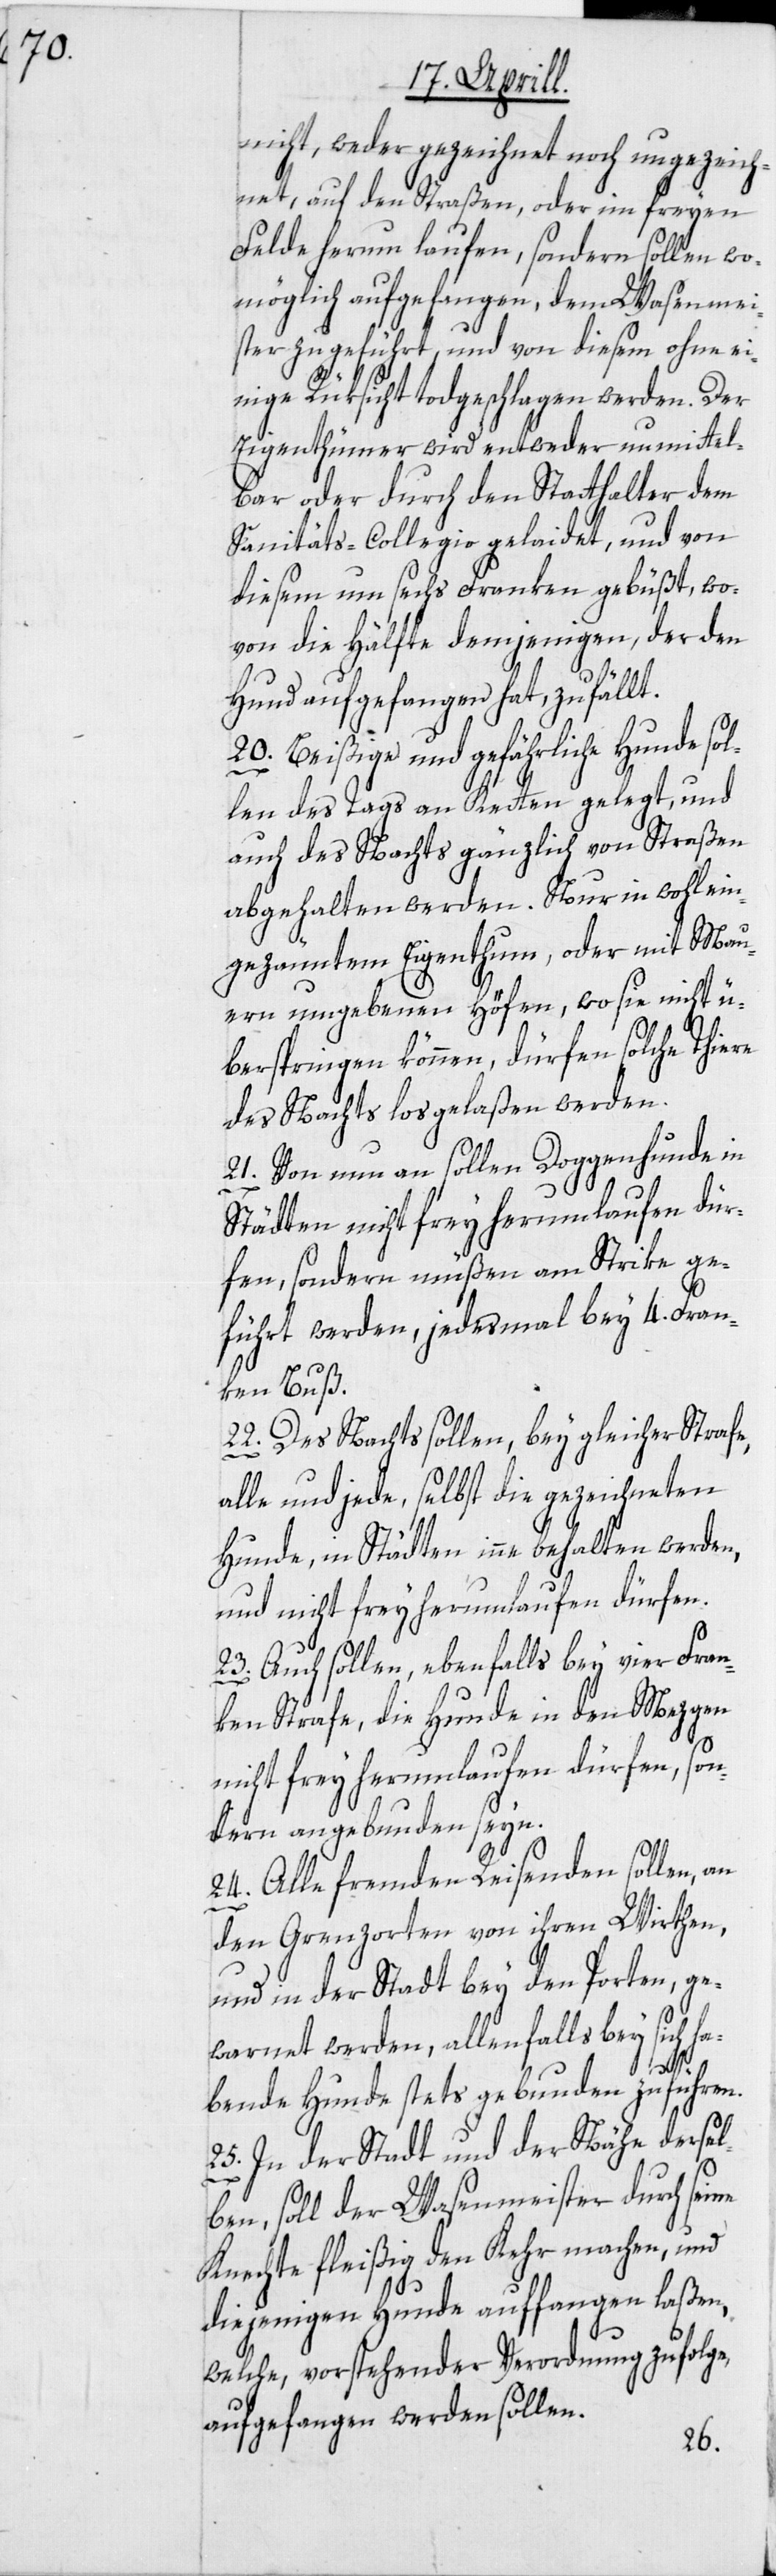
nicht, weder gezeichnet noch ungezeich¬
net, auf den Straßen, oder im freyen
Felde herum laufen, sondern sollen wo¬
möglich aufgefangen, dem Wasenmei¬
ster zugeführt, und von diesem ohne ei¬
nige Rüksicht todgeschlagen werden. Der
Eigenthümer wird entweder unmittel¬
bar oder durch den Statthalter dem
Sanitäts-Collegio gelaidet, und von
diesem um sechs Franken gebüßt, wo¬
von die Hälfte demjenigen, der den
Hund aufgefangen hat, zufällt.
20. Beißige und gefährliche Hunde sol¬
len des Tags an Ketten gelegt, und
auch des Nachts gänzlich von Straßen
abgehalten werden. Nur in wohl ein¬
gezäuntem Eigenthum, oder mit Mau¬
ern umgebenen Höfen, wo sie nicht ü¬
berspringen können, dürfen solche Thiere
des Nachts losgelaßen werden.
21. Von nun an sollen Doggenhunde in
Städten nicht frey herumlaufen dür¬
fen, sondern müßen am Strike ge¬
führt werden, jedesmal bey 4. Fran¬
ken Buß.
22. Des Nachts sollen, bey gleicher Strafe,
alle und jede, selbst die gezeichneten
Hunde, in Städten inne behalten werden,
und nicht frey herumlaufen dürfen.
23. Auch sollen, ebenfalls bey vier Fran¬
ken Strafe, die Hunde in den Mezgen
nicht frey herumlaufen dürfen, son¬
dern angebunden seyn.
24. Alle fremden Reisenden sollen, an
den Grenzorten von ihren Wirthen,
und in der Stadt bey den Porten, ge¬
warnet werden, allenfalls bey sich ha¬
bende Hunde stets gebunden zu führen.
25. In der Stadt und der Nähe dersel¬
ben, soll der Wasenmeister durch seine
Knechte fleißig den Kehr machen, und
diejenigen Hunde auffangen laßen,
welche, vorstehender Verordnung zufolge,
aufgefangen werden sollen.